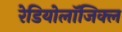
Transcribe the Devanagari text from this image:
रेडियोलॉजिक्ल